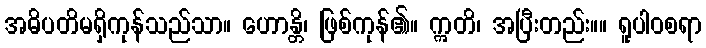
အဓိပတိမရှိကုန်သည်သာ။ ဟောန္တိ၊ ဖြစ်ကုန်၏။ ဣတိ၊ အပြီးတည်း။။ ရူပါဝစရာ